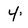
Character: 4